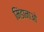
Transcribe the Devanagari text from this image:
मिंडानाओ